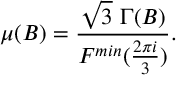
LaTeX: \mu ( B ) = \frac { \sqrt { 3 } \, \, \Gamma ( B ) } { F ^ { m i n } ( \frac { 2 \pi i } { 3 } ) } .